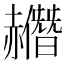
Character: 𧹿